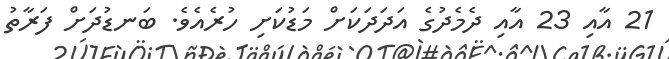
21 އާއި 23 އާއި ދެމެދުގެ އަދަދަކަށް މަޑުކަށި ހުރެއެވެ. ބަނޑުދަށް ފަރާތު